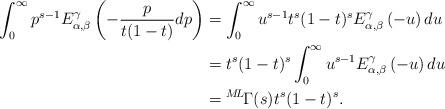
LaTeX: \begin{align*} \int_{0}^{\infty} p^{s-1}E_{\alpha, \beta}^{\gamma}\left(-\frac{p}{t(1-t)}dp\right)&=\int_{0}^{\infty} u^{s-1}t^s(1-t)^sE_{\alpha, \beta}^{\gamma}\left(-u\right)du& \\ &= t^s(1-t)^s \int_{0}^{\infty} u^{s-1}E_{\alpha, \beta}^{\gamma}\left(-u\right)du& \\ &= {}^{M\!L\!}\Gamma(s) t^s(1-t)^s.&\end{align*}